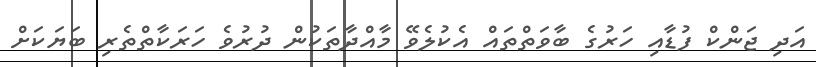
އަދި ޖަންކް ފުޑާއި ހަރުގެ ބާވަތްތައް އެކުލެވޭ މާއްދާތަކުން ދުރުވެ ހަރަކާތްތެރި ބަޔަކަށް